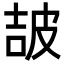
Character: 𤿠